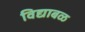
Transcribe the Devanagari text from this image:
विद्याबळ